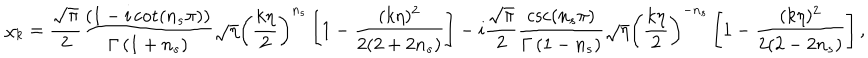
\chi _ { k } = \frac { \sqrt { \pi } } { 2 } \frac { \left( 1 - i \cot \left( n _ { s } \pi \right) \right) } { \Gamma \left( 1 + n _ { s } \right) } \sqrt { \eta } \left( \frac { k \eta } { 2 } \right) ^ { n _ { s } } \left[ 1 - \frac { ( k \eta ) ^ { 2 } } { 2 ( 2 + 2 n _ { s } ) } \right] - i \frac { \sqrt { \pi } } { 2 } \frac { \csc \left( n _ { s } \pi \right) } { \Gamma \left( 1 - n _ { s } \right) } \sqrt { \eta } \left( \frac { k \eta } 2 \right) ^ { - n _ { s } } \left[ 1 - \frac { ( k \eta ) ^ { 2 } } { 2 ( 2 - 2 n _ { s } ) } \right] ,